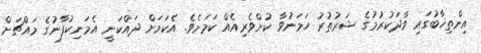
އިންތިޚާބުގައި ވާދަކުރުމުގެ ޝަރުތުރު ހަމަނުވާ ކުށްވެރިއެއް ކަމަށެވެ. އެކަމަށް ދައްކަނީ އެމަނިކުފާނުގެ މައްޗަށް